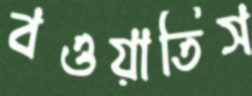
বওয়াতিস